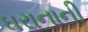
ઘરાનાની